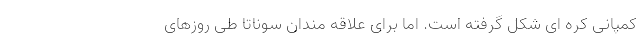
کمپانی کره ای شکل گرفته است. اما برای علاقه مندان سوناتا طی روزهای